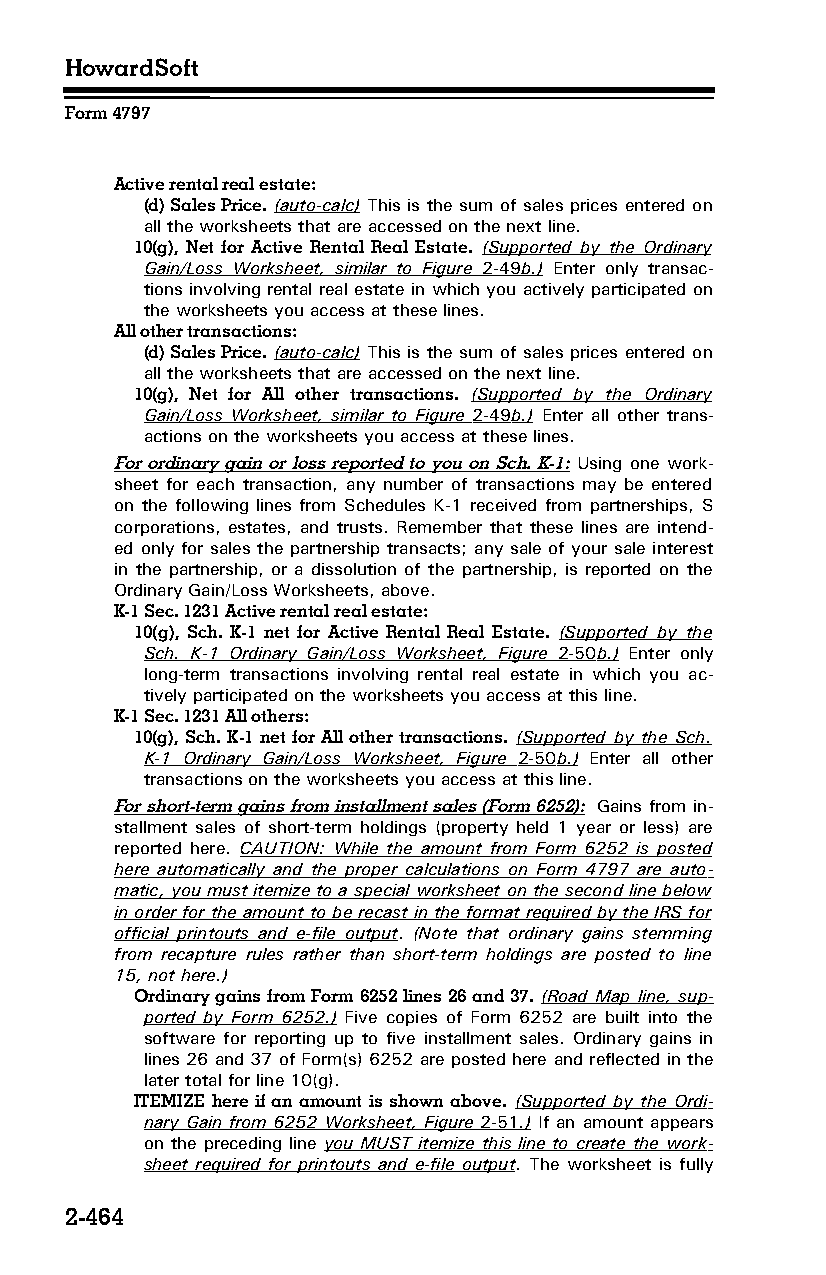
HowardSoft
 Form 4797
 Active rental real estate:
 (d) Sales Price. (auto-calc) This is the sum of sales prices entered on
 all the worksheets that are accessed on the next line.
 10(g), Net for Active Rental Real Estate. (Supported by the Ordinary
 Gain/Loss Worksheet, similar to Figure 2-49 b.) Enter only transac­
 tions involving rental real estate in which you actively participated on
 the worksheets you access at these lines.
 All other transactions:
 (d) Sales Price. (auto-calc) This is the sum of sales prices entered on
 all the worksheets that are accessed on the next line.
 10(g), Net for All other transactions. (Supported by the Ordinary
 Gain/Loss Worksheet, similar to Figure 2-49 b.) Enter all other trans­
 actions on the worksheets you access at these lines.
 For ordinary gain or loss reported to you on Sch. K-1: Using one work­
 sheet for each transaction, any number of transactions may be entered
 on the following lines from Schedules K-1 received from partnerships, S
 corporations, estates, and trusts. Remember that these lines are intend­
 ed only for sales the partnership transacts; any sale of your sale interest
 in the partnership, or a dissolution of the partnership, is reported on the
 Ordinary Gain/Loss Worksheets, above.
 K-1 Sec. 1231 Active rental real estate:
 10(g), Sch. K-1 net for Active Rental Real Estate. (Supported by the
 Sch. K-1 Ordinary Gain/Loss Worksheet, Figure 2-50 b.) Enter only
 long-term transactions involving rental real estate in which you ac­
 tively participated on the worksheets you access at this line.
 K-1 Sec. 1231 All others:
 10(g), Sch. K-1 net for All other transactions. (Supported by the Sch.
 K-1 Ordinary Gain/Loss Worksheet, Figure 2-50 b.) Enter all other
 transactions on the worksheets you access at this line.
 For short-term gains from installment sales (Form 6252): Gains from in­
 stallment sales of short-term holdings (property held 1 year or less) are
 reported here. CAUTION: While the amount from Form 6252 is posted
 here automatically and the proper calculations on Form 4797 are auto­
 matic, you must itemize to a special worksheet on the second line below
 in order for the amount to be recast in the format required by the IRS for
 official printouts and e-file output. (Note that ordinary gains stemming
 from recapture rules rather than short-term holdings are posted to line
 15, not here.)
 Ordinary gains from Form 6252 lines 26 and 37. (Road Map line, sup­
 ported by Form 6252.) Five copies of Form 6252 are built into the
 software for reporting up to five installment sales. Ordinary gains in
 lines 26 and 37 of Form(s) 6252 are posted here and reflected in the
 later total for line 10(g).
 ITEMIZE here if an amount is shown above. (Supported by the Ordi­
 nary Gain from 6252 Worksheet, Figure 2-51 .) If an amount appears
 on the preceding line you MUST itemize this line to create the work­
 sheet required for printouts and e-file output. The worksheet is fully
 2-464